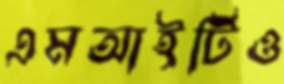
এমআইটিও